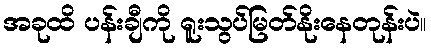
အခုထိ ပန်းချီကို ရူးသွပ်မြတ်နိုးနေတုန်းပဲ။